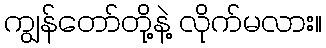
ကျွန်တော်တို့နဲ့ လိုက်မလား။